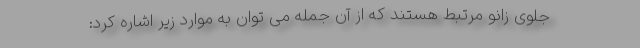
جلوی زانو مرتبط هستند که از آن جمله می توان به موارد زیر اشاره کرد: